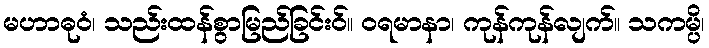
မဟာဓုဝံ၊ သည်းထန်စွာမြည်ခြင်းဝ်။ ဝရမာနာ၊ ကုန်ကုန်လျက်။ သကမ္ပိ၊